Scientific memoirs by medical officers of the Army of India - Part VII,
Year: 1892
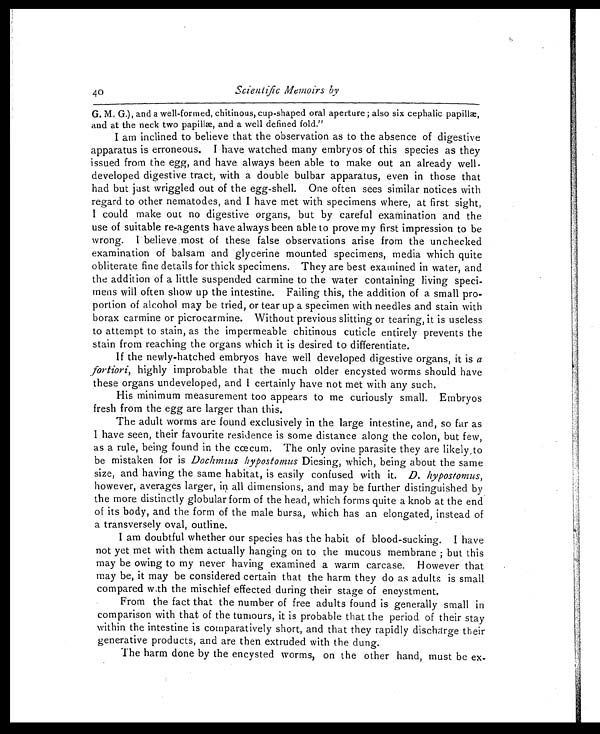
40
Scientific Memoirs by
G. M. G.), and a well-formed, chitinous, cup-shaped oral aperture ; also six cephalic
and at the neck two papillæ, and a well defined fold."
I am inclined to believe that the observation as to the absence of digestive
apparatus is erroneous. I have watched many embryos of this species as they
issued from the egg, and have always been able to make out an already well-
developed digestive tract, with a double bulbar apparatus, even in those that
had but just wriggled out of the egg-shell. One often sees similar notices with
regard to other nematodes, and I have met with specimens where, at first sight,
I could make out no digestive organs, but by careful examination and the
use of suitable re-agents have always been able to prove my first impression to be
wrong. I believe most of these false observations arise from the unchecked
examination of balsam and glycerine mounted specimens, media which quite
obliterate fine details for thick specimens. They are best examined in water, and
the addition of a little suspended carmine to the water containing living speci-
mens will often show up the intestine. Failing this, the addition of a small pro-
portion of alcohol may be tried, or tear up a specimen with needles and stain with
borax carmine or picrocarmine. Without previous slitting or tearing, it is useless
to attempt to stain, as the impermeable chitinous cuticle entirely prevents the
stain from reaching the organs which it is desired to differentiate.
If the newly-hatched embryos have well developed digestive organs, it is a
fortiori, highly improbable that the much older encysted worms should have
these organs undeveloped, and I certainly have not met with any such.
His minimum measurement too appears to me curiously small. Embryos
fresh from the egg are larger than this.
The adult worms are found exclusively in the large intestine, and, so far as
I have seen, their favourite residence is some distance along the colon, but few,
as a rule, being found in the cœcum. The only ovine parasite they are likely,to
be mistaken for is Dochmus hypostomus Diesing, which, being about the same
size, and having the same habitat, is easily confused with it. D. hypostomus,
however, averages larger, in all dimensions, and may be further distinguished by
the more distinctly globular form of the head, which forms quite a knob at the end
of its body, and the form of the male bursa, which has an elongated, instead of
a transversely oval, outline.
I am doubtful whether our species has the habit of blood-sucking. I have
not yet met with them actually hanging on to the mucous membrane ; but this
may be owing to my never having examined a warm carcase. However that
may be, it may be considered certain that the harm they do as adults is small
compared with the mischief effected during their stage of encystment.
From the fact that the number of free adults found is generally small in
comparison with that of the tumours, it is probable that the period of their stay
within the intestine is comparatively short, and that they rapidly discharge their
generative products, and are then extruded with the dung.
The harm done by the encysted worms, on the other hand, must be ex-